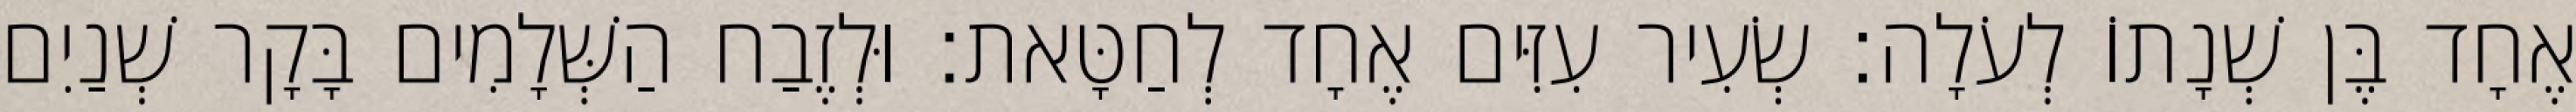
אֶחָד בֶּן שְׁנָתוֹ לְעֹלָה׃ שְׂעִיר עִזִּים אֶחָד לְחַטָּאת׃ וּלְזֶבַח הַשְּׁלָמִים בָּקָר שְׁנַיִם